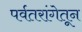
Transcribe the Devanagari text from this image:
पर्वतरांगेतून